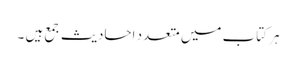
ہر کتاب میں متعدد احادیث جمع ہیں ۔